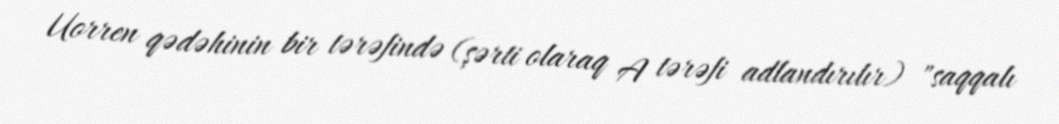
Uorren qədəhinin bir tərəfində (şərti olaraq A tərəfi adlandırılır) "saqqalı